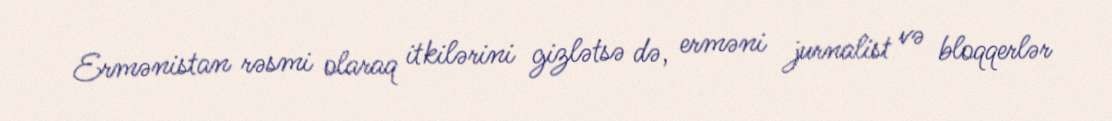
Ermənistan rəsmi olaraq itkilərini gizlətsə də, erməni jurnalist və bloqqerlər